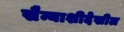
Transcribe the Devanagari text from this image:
सैन्याशीदेखील